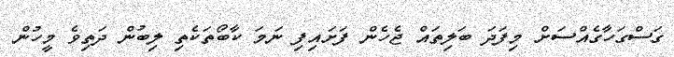
ގަސްގަހާގެއްސަށް މިފަދަ ބަލިތައް ޖެހެން ފަށައިފި ނަމަ ކާބޯތަކެތި ލިބުން ދަތިވެ މީހުން